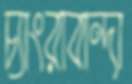
চ্যাংরাবান্দা